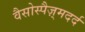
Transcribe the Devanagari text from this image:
वैसोस्पैज़्मदर्द